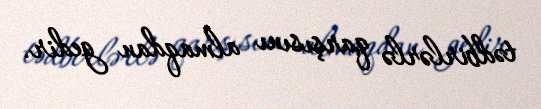
tədbirlərlə qarşısını almaqdan gedir.